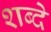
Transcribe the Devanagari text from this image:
शब्दे